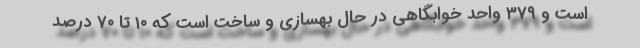
است و ۳۷۹ واحد خوابگاهی در حال بهسازی و ساخت است که ۱٠ تا ۷٠ درصد